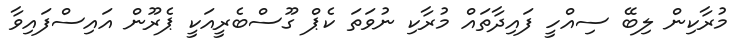
މުރާކިން ލިބޭ ސިއްހީ ފައިދާތައް މުރާކި ނުވަތަ ކެޕް ގޫސްބެރީއަކީ ޕެރޫން އައިސްފައިވާ